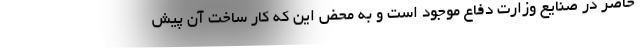
حاضر در صنایع وزارت دفاع موجود است و به محض این که کار ساخت آن پیش